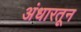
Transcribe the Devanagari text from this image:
अंधारतून